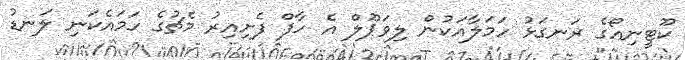
ކޫޓީނިއޯގެ ރަނގަޅު ހަމަލާއަކުން ލިވަޕޫލް އެ ހާފް ފެށިއިރު މެޗުގެ ހަމައެކަނި ލަނޑު